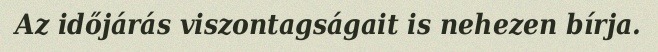
Az időjárás viszontagságait is nehezen bírja.